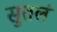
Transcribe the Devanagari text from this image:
सुतलं